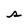
Character: s